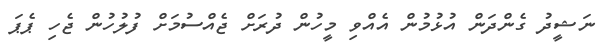
ނަޝީދު ގެންދަން އުޅުމުން އެއްވި މީހުން ދުރަށް ޖެއްސުމަށް ފުލުހުން ޖެހި ޕެޕަ